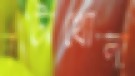
নটাখোলা